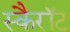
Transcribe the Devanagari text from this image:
स्कैरॉट